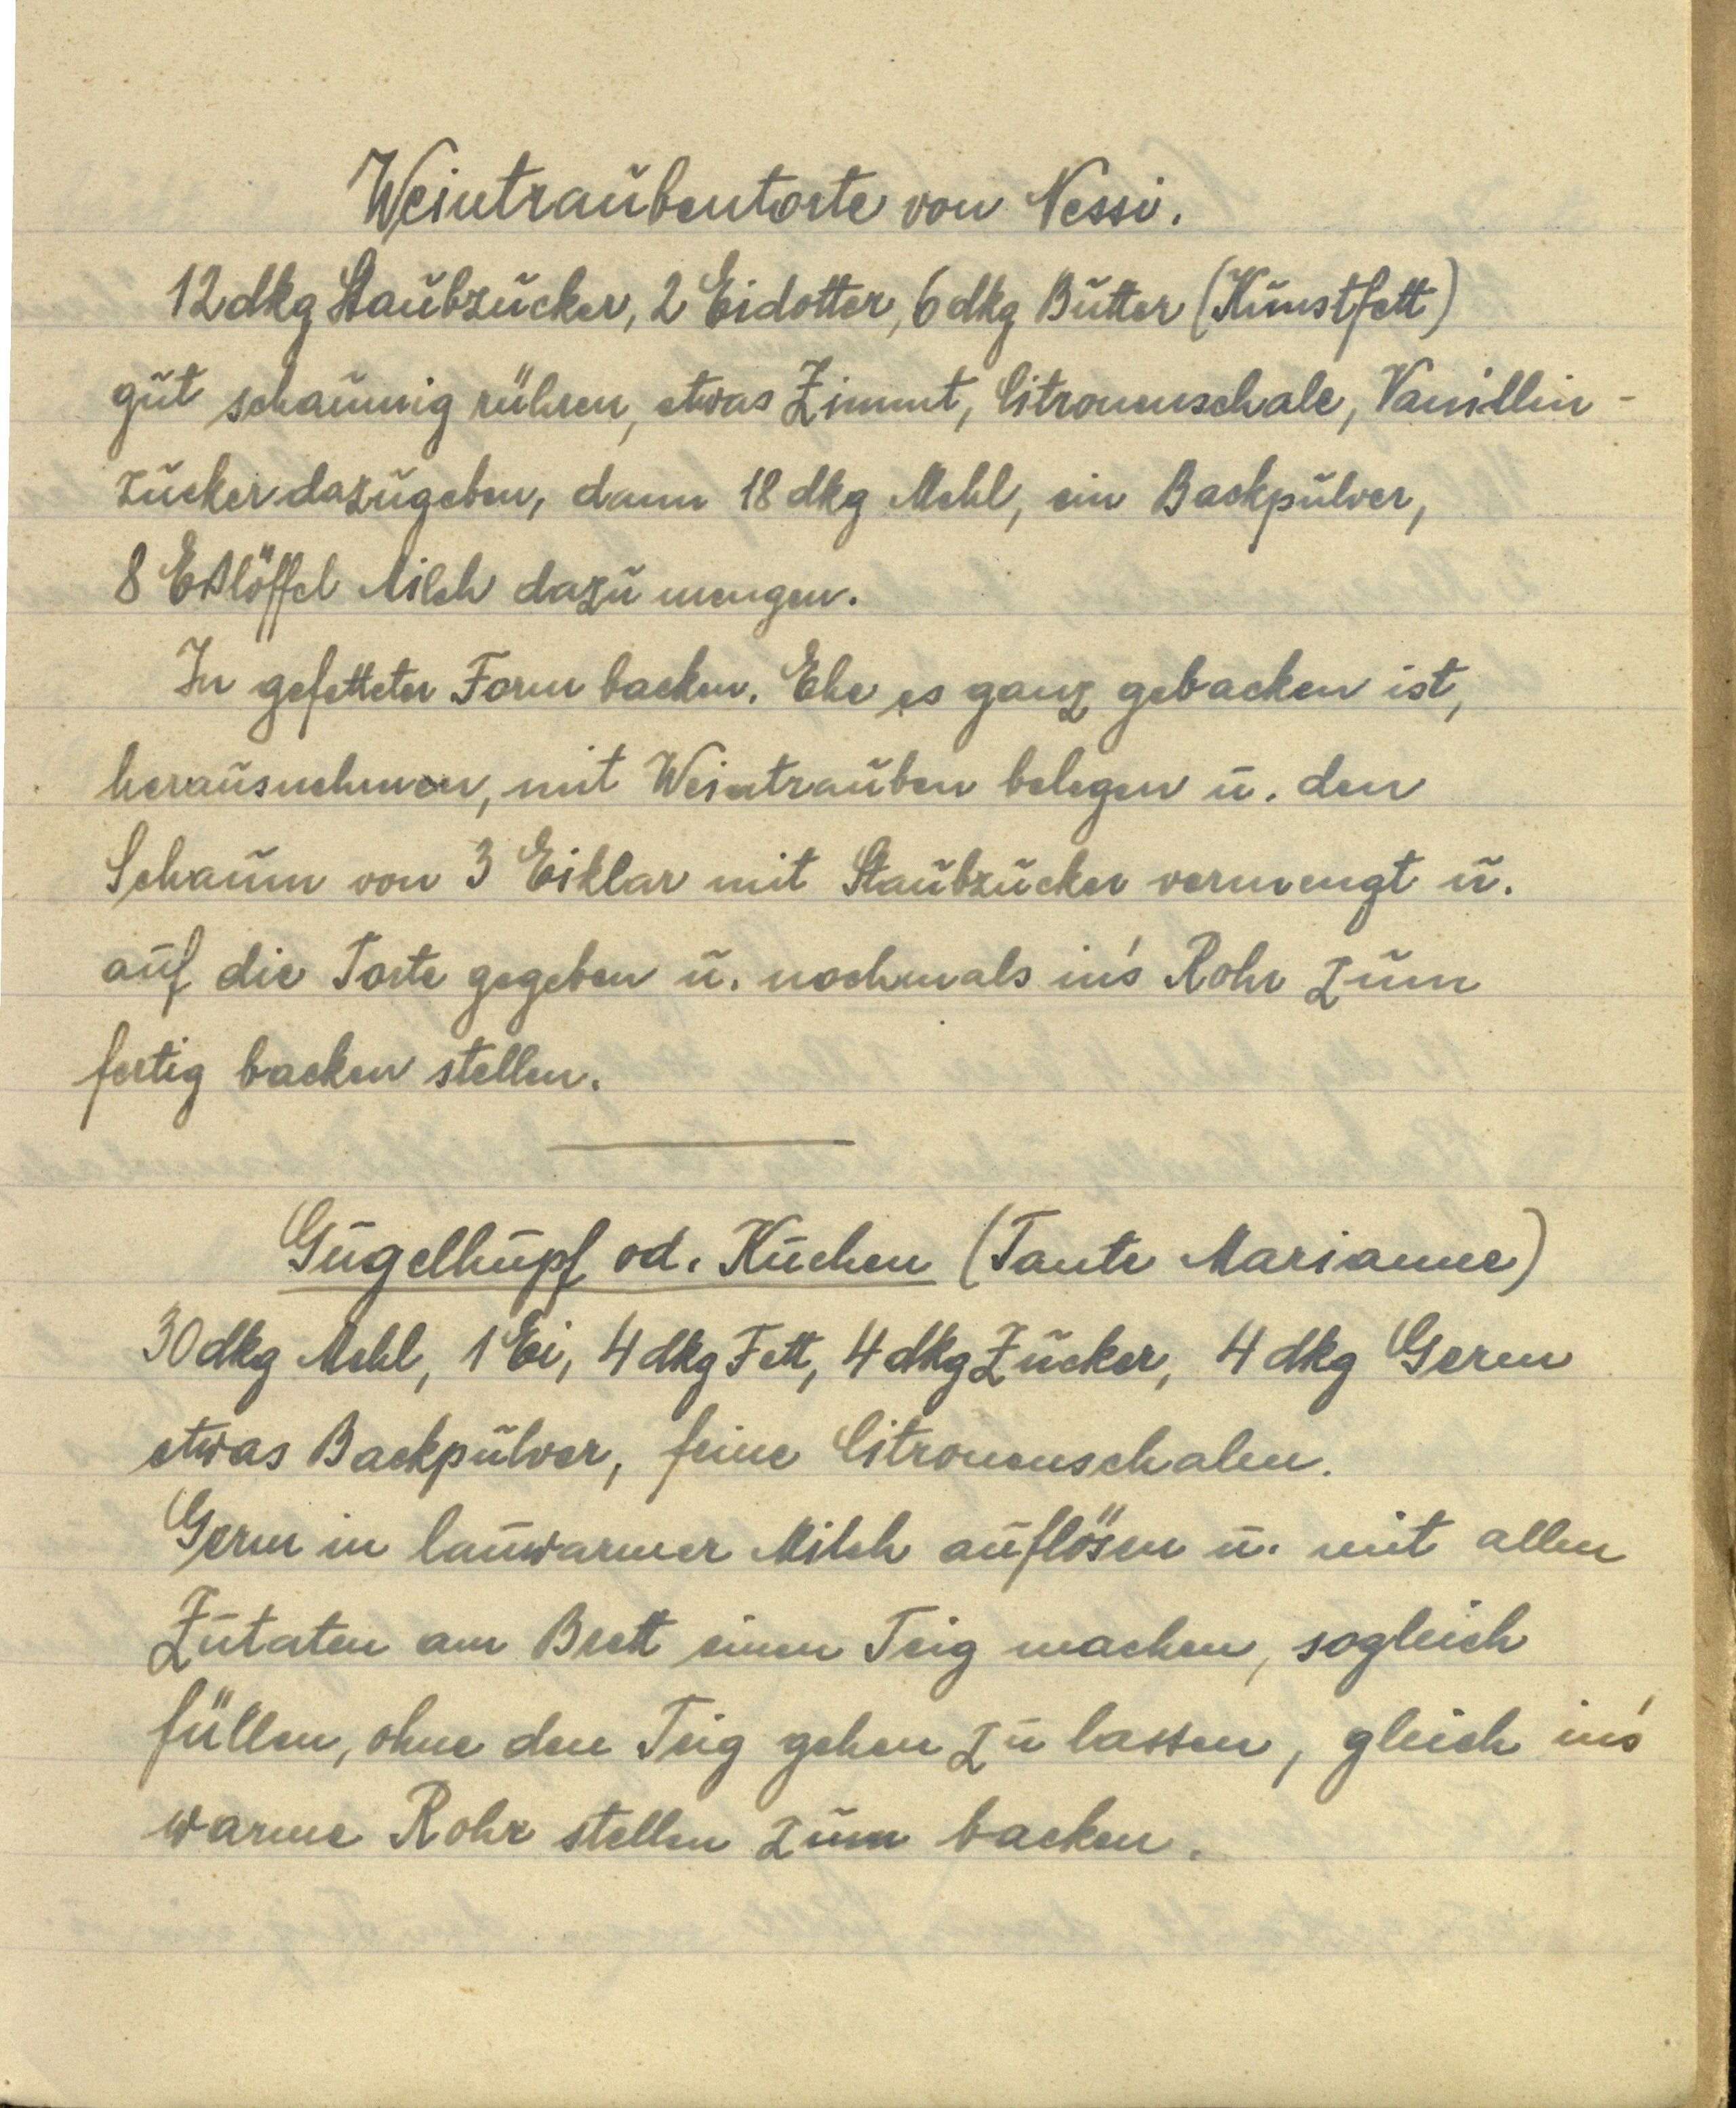
Weintraubentorte von Nessi.
12 dkg Staubzucker, 2 Eidotter, 6 dkg Butter (Kunstfett)
gut schaumig rühren, etwas Zimmt, Citronenschale, Vanillin¬
zucker dazugeben, dann 18 dkg Mehl, ein Backpulver,
8 Eßlöffel Milch dazu mengen.
In gefetteter Form backen. Ehe es ganz gebacken ist,
herausnehmen, mit Weintrauben belegen u. den
Schaum von 3 Eiklar mit Staubzucker vermengt u.
auf die Torte gegeben u. nochmals in's Rohr zum
fertig backen stellen.

Gugelhupf od. Kuchen (Tante Marianne)
30 dkg Mehl, 1 Ei, 4 dkg Fett, 4 dkg Zucker, 4 dkg Germ
etwas Backpulver, feine Citronenschalen.
Germ in lauwarmer Milch auflösen u. mit allen
Zutaten am Brett einen Teig machen, sogleich
füllen, ohne den Teig gehen zu lassen, gleich in's
warme Rohr stellen zum backen.